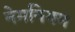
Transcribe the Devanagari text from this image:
नेमनियम